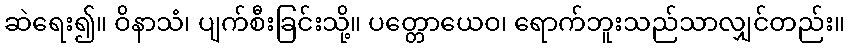
ဆဲရေး၍။ ဝိနာသံ၊ ပျက်စီးခြင်းသို့။ ပတ္တောယေဝ၊ ရောက်ဘူးသည်သာလျှင်တည်း။